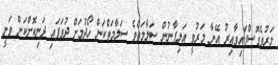
މަރުވެގޮސްފައިވާއިރު އޭނާ މަރުވީ އަލިފާނުން ސަލާމަތްވެ ސަލާމަތްކަން ހޯދުމަށް ދުވަފައި ދަނިކޮށްކަން ވަނީ